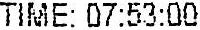
TIME: 07:53:00